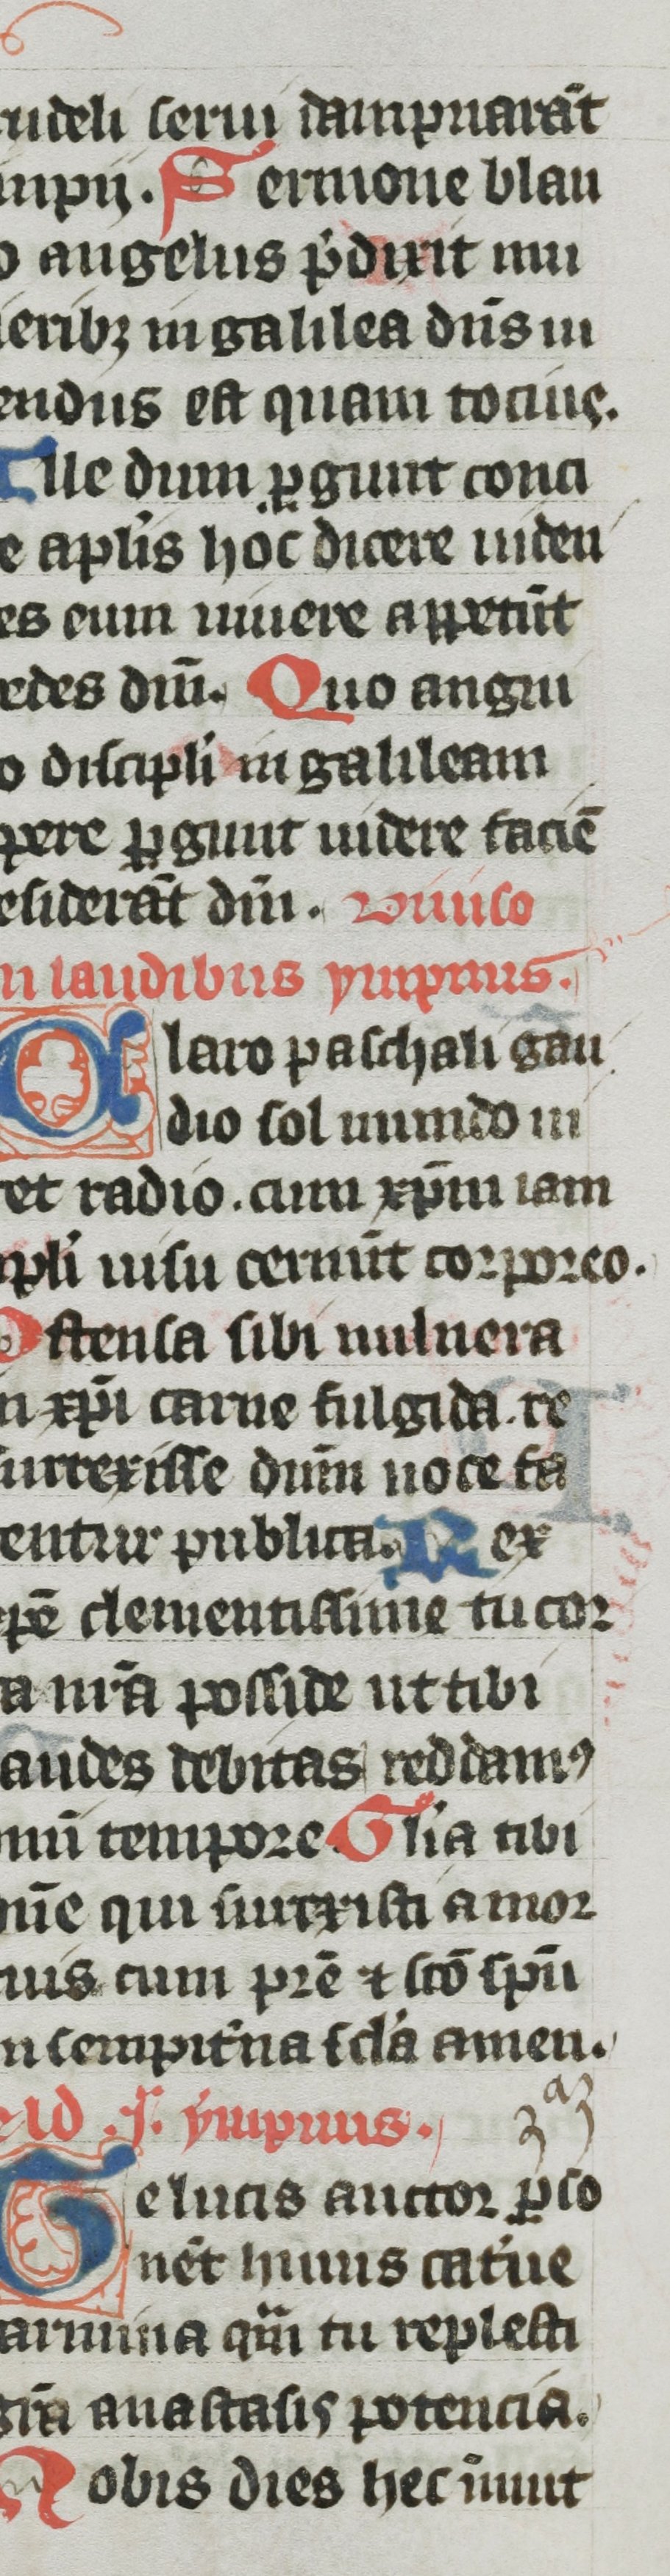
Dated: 1300–1399